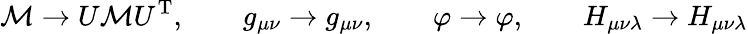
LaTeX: {\cal{M}}\rightarrow U{\cal{M}}U^{\mathrm{T}},\qquad g_{\mu\nu}\rightarrow g_{\mu\nu},\qquad\varphi\rightarrow\varphi,\qquad H_{\mu\nu\lambda}\rightarrow H_{\mu\nu\lambda}